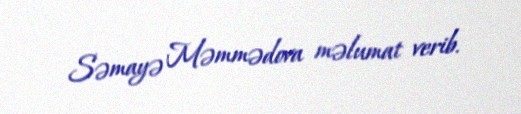
Səmayə Məmmədova məlumat verib.